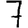
Digit: 7